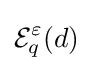
{\mathcal {E}}_{q}^{\varepsilon }(d)\,\!